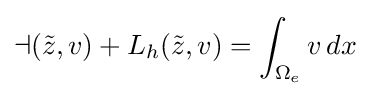
{\mathcal {a}}({\tilde {z}},v)+L_{h}({\tilde {z}},v)=\int _{\Omega _{e}}v\,dx